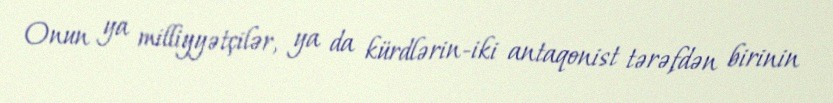
Onun ya milliyyətçilər, ya da kürdlərin-iki antaqonist tərəfdən birinin